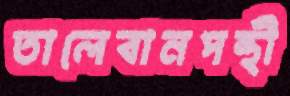
তালেবানপন্থী